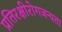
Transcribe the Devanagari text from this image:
प्रतिरक्षीरोगजन्यता